Calcutta medical institutions reports 1871-78
Year: 1871
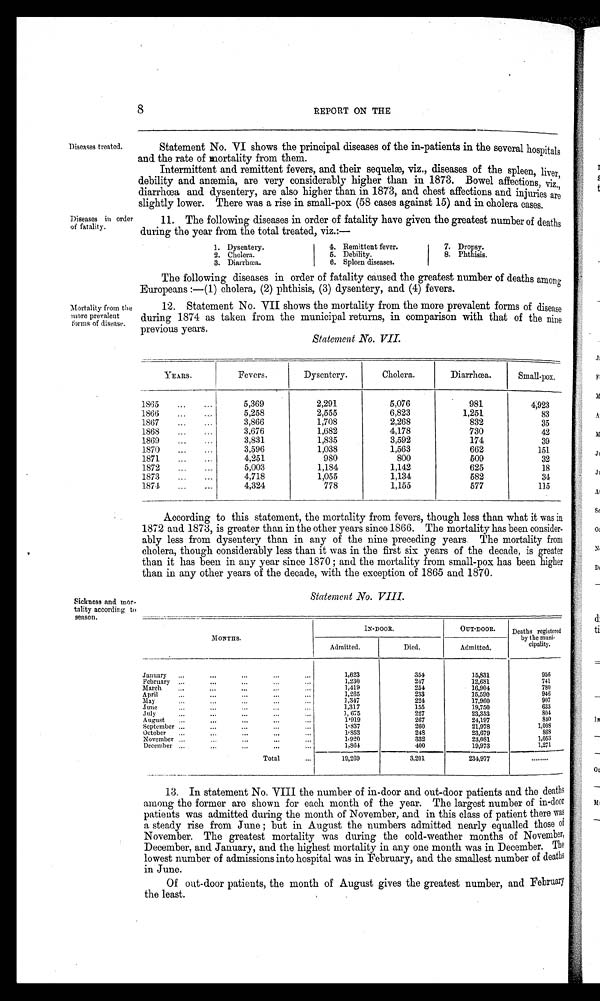
According to this statement, the mortality from fevers, though less than what it was in
1872 and 1873, is greater than in the other years since 1866. The mortality has been consider
-
ably less from dysentery than in any of the nine preceding years. The mortality from
cholera, though considerably less than it was in the first six years of the decade, is greater
than it has been in any year since 1870 ; and the mortality from small-pox has been higher
than in any other years of the decade, with the exception of 1865 and 1870.
Statement No. VIII.
Sickness and mor
tality according to
season.
MONTHS.
IN-DOOR.
OUT-DOOR.
Deaths registered
by the muni-
cipality.
Admitted.
Died.
Admitted.
January
1,623
354
15,831
956
February
1,230
247
12,681
741
March
1,419
254
16,904
780
April
1,265
233
15,590
946
May
1,347
224
17,960
907
June
1,317
155
19,750
633
July
1,675
227
23,353
804
August
1,919
267
24,197
840
September
1,837
260
21,978
1,008
October
1,853
248
23,679
868
November
1,920
332
23,081
1,053
December
1,864
400
19,973
1,271
Total
1 9 , 2 6 9
3,201
234,977
. . . . . . . . .
8
REPORT ON THE
Diseases treated.
Statement No. VI shows the principal diseases of the in-patients in the several hospitals
and. the rate of mortality from them.
Intermittent and remittent fevers, and their sequelæ, viz., diseases of the spleen, liver,
debility and anæmia, are very considerably higher than in 1873. Bowel affections, viz.,
diarrhœa and dysentery, are also higher than in 1873, and chest affections and injuries are
slightly lower. There was a rise in small-pox (58 cases against 15) and in cholera cases.
Diseases in order
of fatality.
11. The following diseases in order of fatality have given the greatest number of deaths
during the year from the total treated, viz.:—
1. Dysentery.
4. Remittent fever.
7. Dropsy.
2. Cholera.
5. Debility.
8. Phthisis.
3. Diarrhœa.
6. Spleen diseases.
The following diseases in order of fatality caused the greatest number of deaths among
Europeans :—(1) cholera, (2) phthisis, (3) dysentery, and (4) fevers.
Mortality from the
more prevalent
forms of disease.
12. Statement No. VII shows the mortality from the more prevalent forms of disease
during 1874 as taken from the municipal returns, in comparison with that of the nine
previous years.
Statement No. VII.
YEARS.
Fevers.
Dysentery.
Cholera.
Diarrhœa.
Small-pox.
1865
5,369
2,291
5,076
981
4,923
1866
5,258
2,555
6,823
1,251
83
1867
3,866
1,708
2,268
832
35
1868
3,676
1,682
4,178
730
42
1869
3,831
1,835
3,592
174
39
1870
3,596
1,038
1,563
662
151
1871
4,251
980
800
509
32
1872
5,003
1,184
1,142
625
18
1873
4,718
1,055
1,134
582
34
1874
4,324
778
1,155
577
115
13. In statement No. VIII the number of in-door and out-door patients and the deaths
among the former are shown for each month of the year. The largest number of in-door
patients was admitted during the month of November, and in this class of patient there was
a steady rise from June ; but in August the numbers admitted nearly equalled those
o f
November. The greatest mortality was during the cold-weather months of November,
December, and January, and the highest mortality in any one month was in December. The
lowest number of admissions into hospital was in February, and the smallest number of deaths
in June.
Of out-door patients, the month of August gives the greatest number, and February
the least.